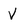
Character: v